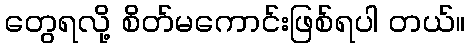
တွေရလို့ စိတ်မကောင်းဖြစ်ရပါ တယ်။